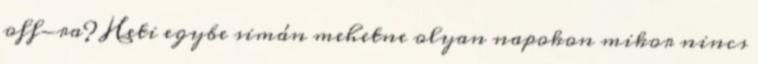
off-ra? Heti egybe simán mehetne olyan napokon mikor nincs